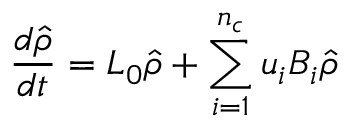
\frac { d \hat { \rho } } { d t } = L _ { 0 } \hat { \rho } + \sum _ { i = 1 } ^ { n _ { c } } u _ { i } B _ { i } \hat { \rho }